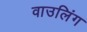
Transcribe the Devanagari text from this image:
वाउलिंग